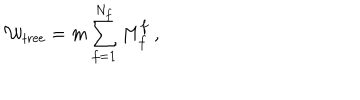
{ \cal W } _ { \mathrm { t r e e } } = m \sum _ { f = 1 } ^ { N _ { f } } M _ { f } ^ { f } ~ ,